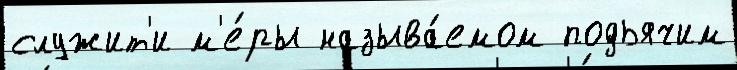
служит'и м'е́ры называ́емом подьячим